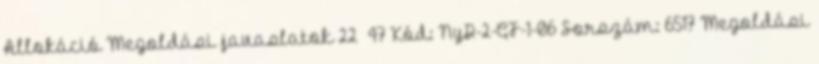
Allokáció Megoldási javaslatok 22 47 Kód: NyD-2-GF-1-06 Sorszám: 6517 Megoldási